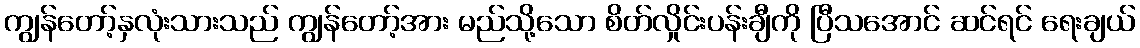
ကျွန်တော့်နှလုံးသားသည် ကျွန်တော့်အား မည်သို့သော စိတ်လှိုင်းပန်းချီကို ပြီသအောင် ဆင်ရင် ရေးချယ်